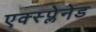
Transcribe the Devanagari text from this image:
एक्स्प्लेनेड